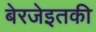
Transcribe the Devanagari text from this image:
बेरजेइतकी